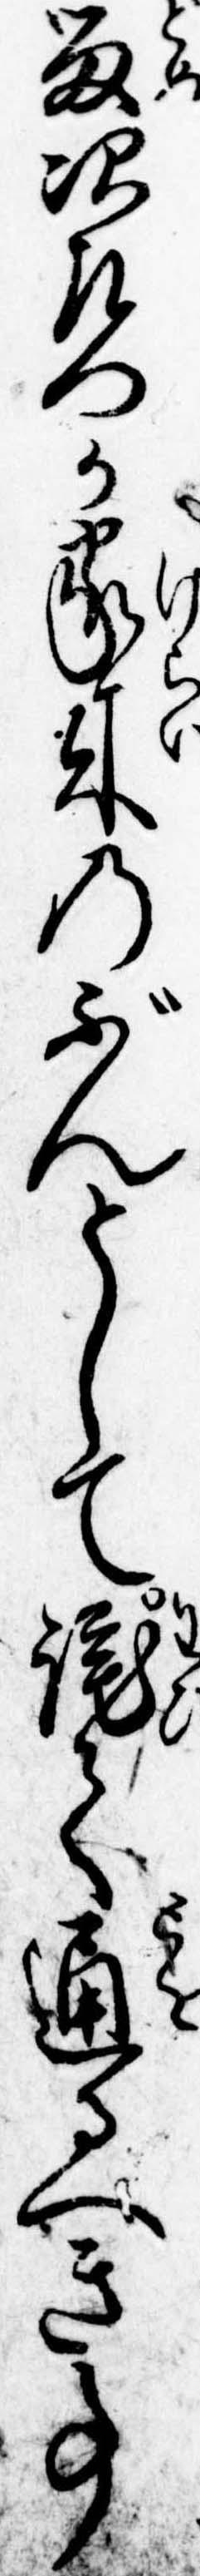
留次左門か家来のぶんとして詫て通るべき事